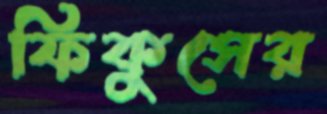
ফিকুসের